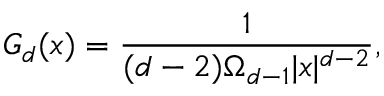
G _ { d } ( x ) = \frac { 1 } { ( d - 2 ) \Omega _ { d - 1 } | x | ^ { d - 2 } } ,